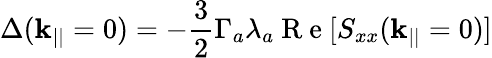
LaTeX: \Delta(\mathbf{k}_{||}=0)=-\frac{3}{2}\Gamma_{a}\lambda_{a}\mathrm{~R~e~}[S_{xx}(\mathbf{k}_{||}=0)]